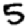
Digit: 5